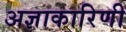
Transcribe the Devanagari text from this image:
अज्ञाकारिणी